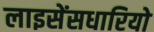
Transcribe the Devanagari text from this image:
लाइसेंसधारियो